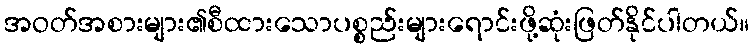
အဝတ်အစားများ၏စီထားသောပစ္စည်းများရောင်းဖို့ဆုံးဖြတ်နိုင်ပါတယ်။